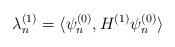
LaTeX: \begin{align*} \lambda_{n}^{(1)} = \langle \psi_{n}^{(0)}, H^{(1)} \psi_{n}^{(0)} \rangle\end{align*}